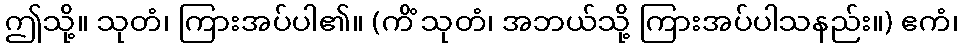
ဤသို့။ သုတံ၊ ကြားအပ်ပါ၏။ (ကိံ သုတံ၊ အဘယ်သို့ ကြားအပ်ပါသနည်း။) ဧကံ၊